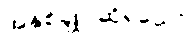
အနှစ်ချုပ်ဆိုရသော်